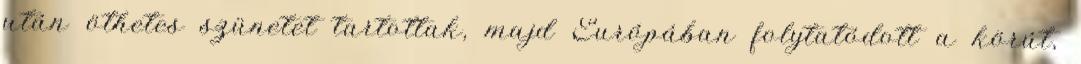
után öthetes szünetet tartottak, majd Európában folytatódott a körút,